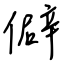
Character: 僻